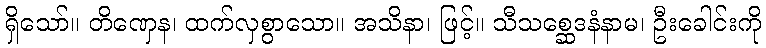
ရှိသော်။ တိဏှေန၊ ထက်လှစွာသော။ အသိနာ၊ ဖြင့်။ သီသစ္ဆေဒနံနာမ၊ ဦးခေါင်းကို